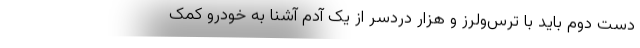
دست دوم باید با ترس‌ولرز و هزار دردسر از یک آدم آشنا به خودرو کمک